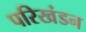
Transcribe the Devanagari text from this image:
परिखंडन